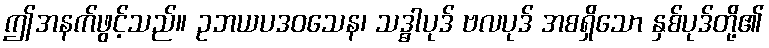
ဤအနက်ဖွင့်သည်။ ဥဘယပဒဝသေန၊ သဒ္ဓါပုဒ် ဗလပုဒ် အစရှိသော နှစ်ပုဒ်တို့၏